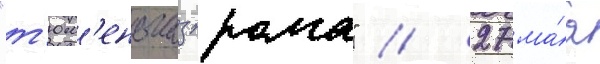
"т'юм'еньгазпрома" // 27 ма́я